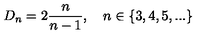
D _ { n } = 2 \frac { n } { n - 1 } , \quad n \in \{ 3 , 4 , 5 , . . . \}